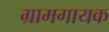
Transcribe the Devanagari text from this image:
ग्रामगायक